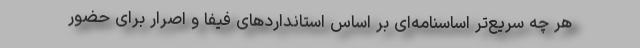
هر چه سریع‌تر اساسنامه‌ای بر اساس استانداردهای فیفا و اصرار برای حضور